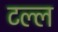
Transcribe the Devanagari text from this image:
टल्ल